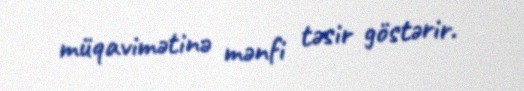
müqavimətinə mənfi təsir göstərir.